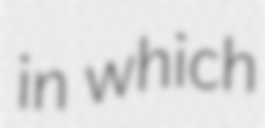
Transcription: in which